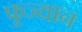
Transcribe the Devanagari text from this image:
फूज्यान